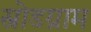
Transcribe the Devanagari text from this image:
स्नोडग्राम